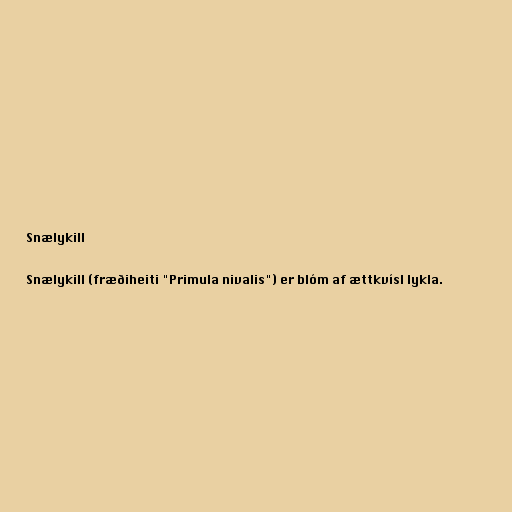
Snælykill

Snælykill (fræðiheiti "Primula nivalis") er blóm af ættkvísl lykla.